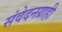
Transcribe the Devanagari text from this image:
संवेदनग्राही